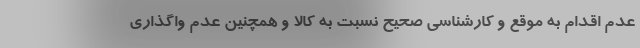
عدم اقدام به موقع و کارشناسی صحیح نسبت به کالا و همچنین عدم واگذاری